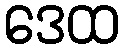
ဒေထ